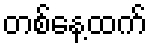
တစ်နေ့ထက်